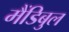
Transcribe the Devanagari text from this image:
मैंडिबुल